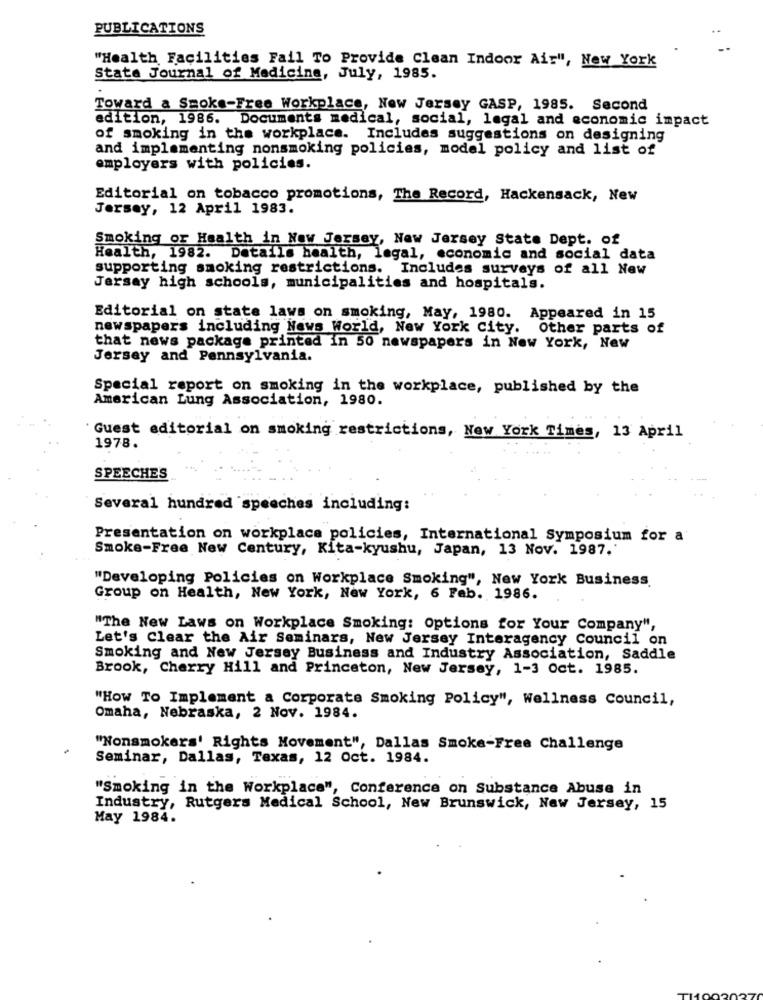
PUBLICATIONS
"Health Facilities Fail To Provide Clean Indoor Air", New York
Stata Journal of Medicine, July, 1985.
Toward a Smoke-Free Workplace, New Jersey GASP, 1985. Second
edition, 1986. Documents medical, social, legal and economic impact
of smoking in the workplace. Includes suggestions on designing
and implementing nonsmoking policies, model policy and list of
employers with policies.
Editorial on tobacco promotions, The Record, Hackensack, New
Jersey, 12 April 1983.
Smoking or Health in New Jersey, New Jersey State Dept. of
Health, 1982. Details health, legal, economic and social data
supporting smoking restrictions. Includes surveys of all New
Jersay high schools, municipalities and hospitals.
Editorial on state laws on smoking, May, 1980. Appeared in 15
newspapers including News World, New York City. Other parts of
that news package printed in 50 newspapers in New York, New
Jersey and Pennsylvania.
Special report on smoking in the workplace, published by the
American Lung Association, 1980.
Guest editorial on smoking restrictions, New York Times, 13 April
1978.
SPEECHES
Several hundred speeches including:
Presentation on workplace policies, International Symposium for a
Smoke-Free New Century, Kita-kyushu, Japan, 13 Nov. 1987.'
"Developing Policies on Workplace Smoking", New York Business
Group on Health, New York, New York, 6 Feb. 1986.
"The New Laws on Workplace Smoking: Options for Your Company",
Let's Clear the Air Seminars, New Jersey Interagency Council on
Smoking and New Jersey Business and Industry Association, Saddle
Brook, Cherry Hill and Princeton, New Jersey, 1-3 Oct. 1985.
"How To Implement a Corporate Smoking Policy", Wellness Council,
Omaha, Nebraska, 2 Nov. 1984.
"Nonsmokers' Rights Movement", Dallas Smoke-Free Challenge
Seminar, Dallas, Texas, 12 Oct. 1984.
"Smoking in the Workplace", Conference on Substance Abuse in
Industry, Rutgers Medical School, New Brunswick, New Jersey, 15
May 1984.